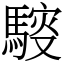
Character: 䮟